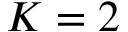
K = 2